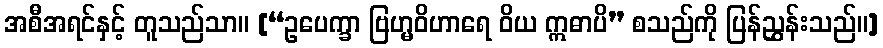
အစီအရင်နှင့် တူသည်သာ။ [“ဥပေက္ခာ ဗြဟ္မဝိဟာရေ ဝိယ ဣဓာပိ” စသည်ကို ပြန်ညွှန်းသည်။]